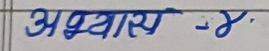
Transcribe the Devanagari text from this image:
अध्याय - ४